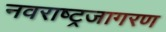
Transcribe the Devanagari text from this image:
नवराष्ट्रजागरण